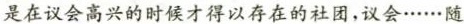
是在议会高兴的时候才得以存在的社团，议会……随